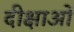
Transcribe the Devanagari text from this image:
दीक्षाओं